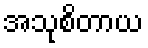
အသုစိတာယ